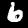
Label: 6